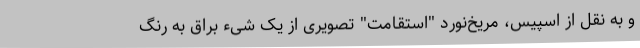
و به نقل از اسپیس، مریخ‌نورد "استقامت" تصویری از یک شیء براق به رنگ